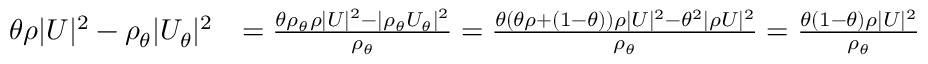
\begin{array} { r l } { \theta \rho | U | ^ { 2 } - \rho _ { \theta } | U _ { \theta } | ^ { 2 } } & { = \frac { \theta \rho _ { \theta } \rho | U | ^ { 2 } - | \rho _ { \theta } U _ { \theta } | ^ { 2 } } { \rho _ { \theta } } = \frac { \theta ( \theta \rho + ( 1 - \theta ) ) \rho | U | ^ { 2 } - \theta ^ { 2 } | \rho U | ^ { 2 } } { \rho _ { \theta } } = \frac { \theta ( 1 - \theta ) \rho | U | ^ { 2 } } { \rho _ { \theta } } } \end{array}